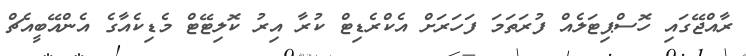
ރާއްޖޭގައި ހޮސްޕިޓަލެއް ފުރަތަމަ ފަހަރަށް އެކްރެޑިޓް ކުރާ އިރު ކޮލިޓޭޓް މެޑިކެއާގެ އެންއޭބީއެޗް